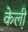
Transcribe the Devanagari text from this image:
केली़